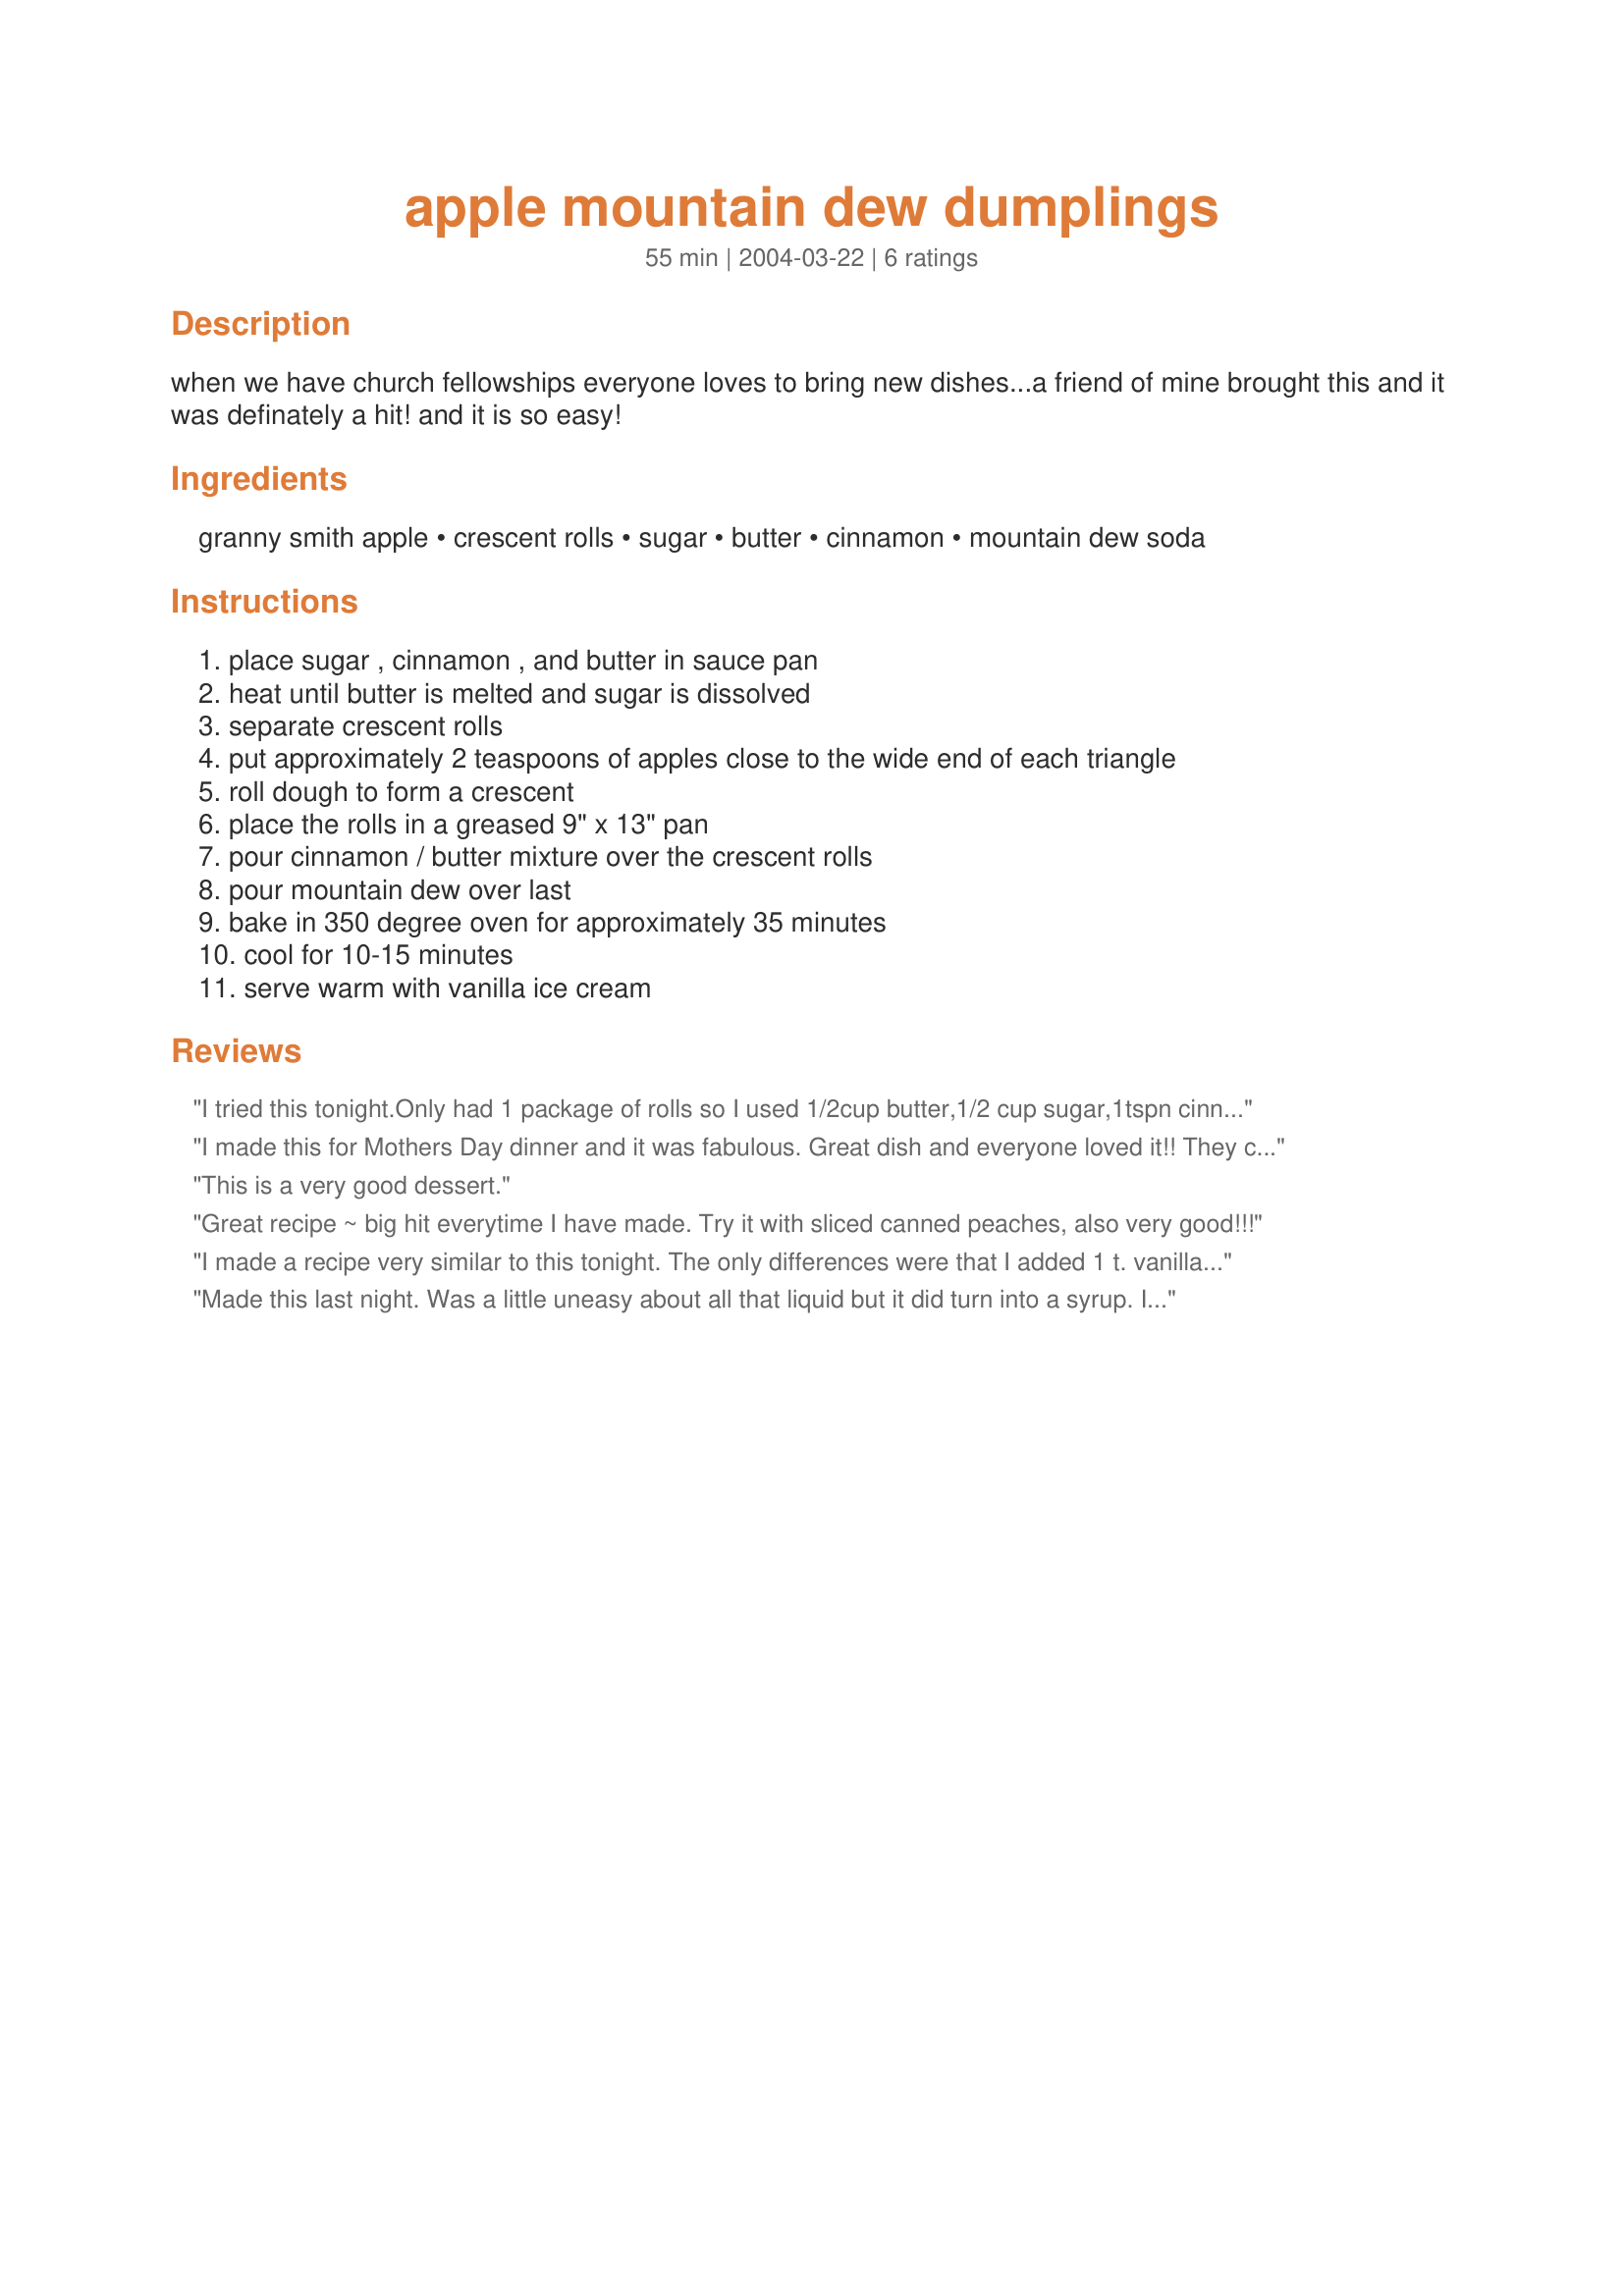
apple mountain dew dumplings
Preparation time: 55 minutes

when we have church fellowships everyone loves to bring new dishes...a friend of mine brought this and it was definately a hit! and it is so easy!

Ingredients:
granny smith apple, crescent rolls, sugar, butter, cinnamon, mountain dew soda

Steps:
place sugar , cinnamon , and butter in sauce pan, heat until butter is melted and sugar is dissolved, separate crescent rolls, put approximately 2 teaspoons of apples close to the wide end of each triangle, roll dough to form a crescent, place the rolls in a greased 9" x 13" pan, pour cinnamon / butter mixture over the crescent rolls, pour mountain dew over last, bake in 350 degree oven for approximately 35 minutes, cool for 10-15 minutes, serve warm with vanilla ice cream

Reviews:
I tried this tonight.Only had 1 package of rolls so I used 1/2cup butter,1/2 cup sugar,1tspn cinnamon and 1/2 cup pop...it turned out perfectly.The sauce thickened and everything was cooked just right.I will be passing this one on-many thanks for a fast, easy yummy recipe!
I made this for Mothers Day dinner and it was fabulous. Great dish and everyone loved it!! They couldnt believe that it had Mountain Dew in it!!!
This is a very good dessert.
Great recipe ~ big hit everytime I have made. Try it with sliced canned peaches, also very good!!!
I made a recipe very similar to this tonight. The only differences were that I added 1 t. vanilla and I only used 8 oz. of mountain (it was too runny with 12 oz). It was SO good! My friends all loved it and wanted the recipe. Thanks for posting! Update tip: I like this better with one can of apple pie filling instead of real apples. Just put a couple teaspoons of the filling in the crescent rolls and roll them up (don't worry about excess oozing out). If you have leftover filling you can just mix it up with the butter/sugar mixture. Make sure to wait the full 15 minutes before eating. They set better that way. Serve with extra sauce on top of each roll.
Made this last night. Was a little uneasy about all that liquid but it did turn into a syrup. I will be cutting back on the sugar next time. I did leave off 1/4 cup of sugar and found I could have cut it down to only one cup.
Other than that the recipe was very easy and yummy. Will be making again. thanks for sharing.
